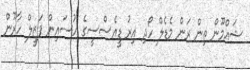
ޝައްމޫން ތިން ރަން މެޑެލް ހޯދި އިރު ޑީއެސްސީގެ ހުސައިން ފަޒީލް ހާރޫން